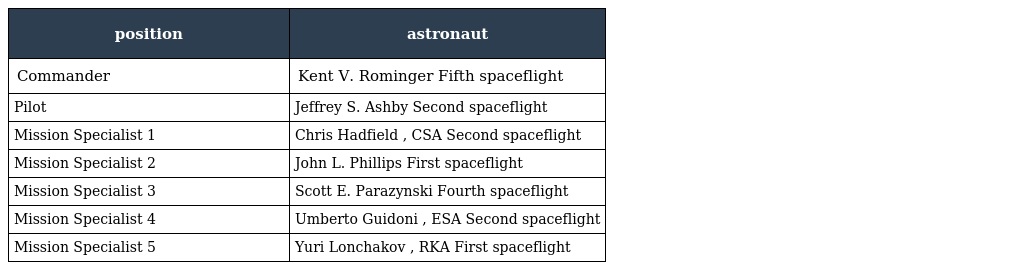
| position | astronaut |
 | --- | --- |
 | Commander | Kent V. Rominger Fifth spaceflight |
 | Pilot | Jeffrey S. Ashby Second spaceflight |
 | Mission Specialist 1 | Chris Hadfield , CSA Second spaceflight |
 | Mission Specialist 2 | John L. Phillips First spaceflight |
 | Mission Specialist 3 | Scott E. Parazynski Fourth spaceflight |
 | Mission Specialist 4 | Umberto Guidoni , ESA Second spaceflight |
 | Mission Specialist 5 | Yuri Lonchakov , RKA First spaceflight |